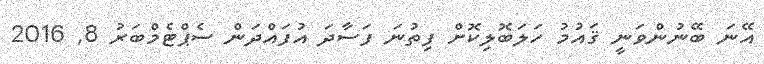
އޭނަ ބޭނުންވަނީ ޤައުމު ހަލަބޮލިކޮށް ފިތުނަ ފަސާދަ އުފައްދަން ސެޕްޓެމްބަރު 8